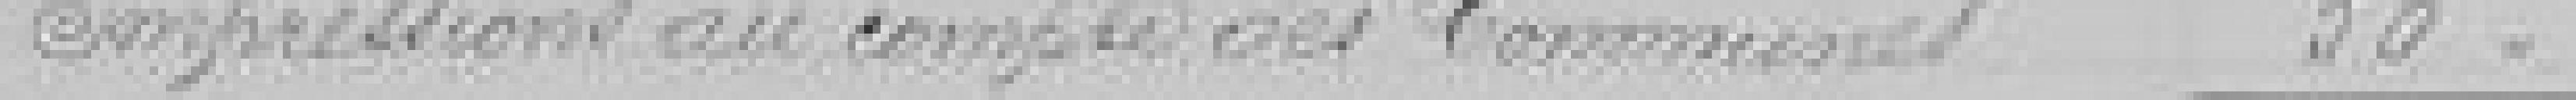
Impressions du compte des Communes 50